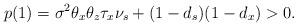
LaTeX: \begin{align*} p(1) = \sigma^2\theta_x\theta_z\tau_x\nu_s + (1-d_s)(1-d_x) > 0.\end{align*}